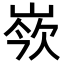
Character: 𡸛